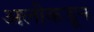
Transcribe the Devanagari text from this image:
अलीकडून